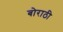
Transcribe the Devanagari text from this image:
बोराठी